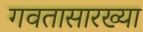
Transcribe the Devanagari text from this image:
गवतासारख्या